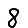
Digit: 8